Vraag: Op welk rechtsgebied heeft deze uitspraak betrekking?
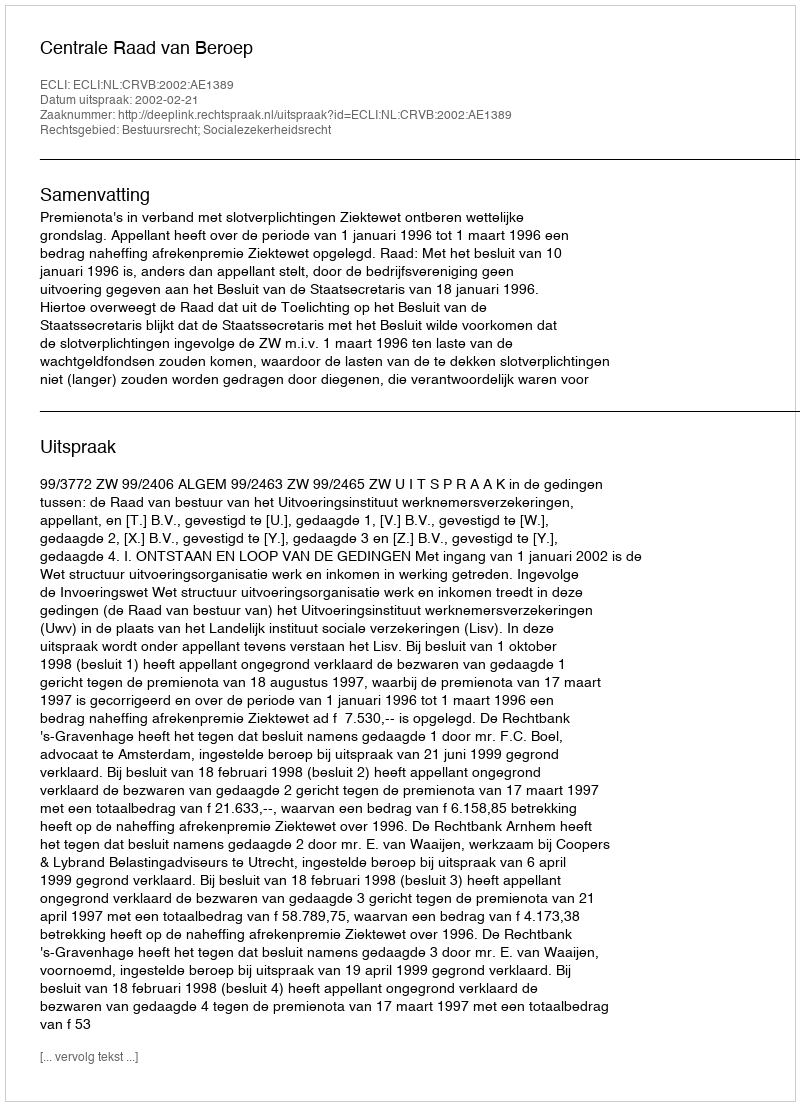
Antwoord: Bestuursrecht; Socialezekerheidsrecht